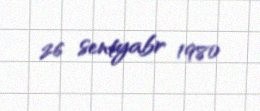
26 sentyabr 1980